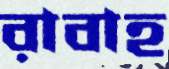
রাবাহ